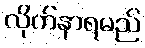
လိုက်နာရမည်